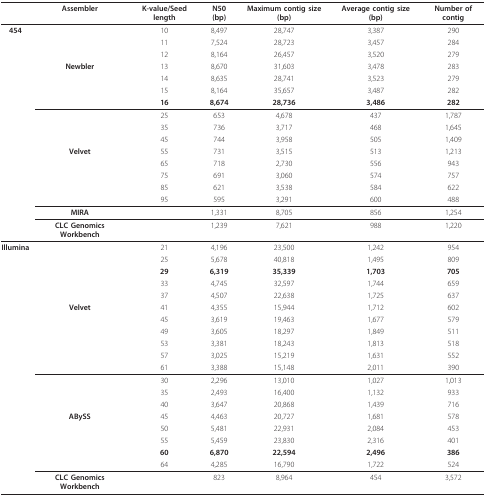
<table><thead><tr><td></td><td><b>Assembler</b></td><td><b>K-value/Seed length</b></td><td><b>N50 (bp)</b></td><td><b>Maximum contig size (bp)</b></td><td><b>Average contig size (bp)</b></td><td><b>Number of contig</b></td></tr></thead><tbody><tr><td><b>454</b></td><td></td><td>10</td><td>8,497</td><td>28,747</td><td>3,387</td><td>290</td></tr><tr><td></td><td></td><td>11</td><td>7,524</td><td>28,723</td><td>3,457</td><td>284</td></tr><tr><td></td><td></td><td>12</td><td>8,164</td><td>26,457</td><td>3,520</td><td>279</td></tr><tr><td></td><td><b>Newbler</b></td><td>13</td><td>8,670</td><td>31,603</td><td>3,478</td><td>283</td></tr><tr><td></td><td></td><td>14</td><td>8,635</td><td>28,741</td><td>3,523</td><td>279</td></tr><tr><td></td><td></td><td>15</td><td>8,164</td><td>35,657</td><td>3,487</td><td>282</td></tr><tr><td></td><td></td><td><b>16</b></td><td><b>8,674</b></td><td><b>28,736</b></td><td><b>3,486</b></td><td><b>282</b></td></tr><tr><td></td><td></td><td>25</td><td>653</td><td>4,678</td><td>437</td><td>1,787</td></tr><tr><td></td><td></td><td>35</td><td>736</td><td>3,717</td><td>468</td><td>1,645</td></tr><tr><td></td><td></td><td>45</td><td>744</td><td>3,958</td><td>505</td><td>1,409</td></tr><tr><td></td><td><b>Velvet</b></td><td>55</td><td>731</td><td>3,515</td><td>513</td><td>1,213</td></tr><tr><td></td><td></td><td>65</td><td>718</td><td>2,730</td><td>556</td><td>943</td></tr><tr><td></td><td></td><td>75</td><td>691</td><td>3,060</td><td>574</td><td>757</td></tr><tr><td></td><td></td><td>85</td><td>621</td><td>3,538</td><td>584</td><td>622</td></tr><tr><td></td><td></td><td>95</td><td>595</td><td>3,291</td><td>600</td><td>488</td></tr><tr><td></td><td><b>MIRA</b></td><td></td><td>1,331</td><td>8,705</td><td>856</td><td>1,254</td></tr><tr><td></td><td><b>CLC Genomics Workbench</b></td><td></td><td>1,239</td><td>7,621</td><td>988</td><td>1,220</td></tr><tr><td><b>Illumina</b></td><td></td><td>21</td><td>4,196</td><td>23,500</td><td>1,242</td><td>954</td></tr><tr><td></td><td></td><td>25</td><td>5,678</td><td>40,818</td><td>1,495</td><td>809</td></tr><tr><td></td><td></td><td><b>29</b></td><td><b>6,319</b></td><td><b>35,339</b></td><td><b>1,703</b></td><td><b>705</b></td></tr><tr><td></td><td></td><td>33</td><td>4,745</td><td>32,597</td><td>1,744</td><td>659</td></tr><tr><td></td><td></td><td>37</td><td>4,507</td><td>22,638</td><td>1,725</td><td>637</td></tr><tr><td></td><td><b>Velvet</b></td><td>41</td><td>4,355</td><td>15,944</td><td>1,712</td><td>602</td></tr><tr><td></td><td></td><td>45</td><td>3,619</td><td>19,463</td><td>1,677</td><td>579</td></tr><tr><td></td><td></td><td>49</td><td>3,605</td><td>18,297</td><td>1,849</td><td>511</td></tr><tr><td></td><td></td><td>53</td><td>3,381</td><td>18,243</td><td>1,813</td><td>518</td></tr><tr><td></td><td></td><td>57</td><td>3,025</td><td>15,219</td><td>1,631</td><td>552</td></tr><tr><td></td><td></td><td>61</td><td>3,388</td><td>15,148</td><td>2,011</td><td>390</td></tr><tr><td></td><td></td><td>30</td><td>2,296</td><td>13,010</td><td>1,027</td><td>1,013</td></tr><tr><td></td><td></td><td>35</td><td>2,493</td><td>16,400</td><td>1,132</td><td>933</td></tr><tr><td></td><td></td><td>40</td><td>3,647</td><td>20,868</td><td>1,439</td><td>716</td></tr><tr><td></td><td><b>ABySS</b></td><td>45</td><td>4,463</td><td>20,727</td><td>1,681</td><td>578</td></tr><tr><td></td><td></td><td>50</td><td>5,481</td><td>22,931</td><td>2,084</td><td>453</td></tr><tr><td></td><td></td><td>55</td><td>5,459</td><td>23,830</td><td>2,316</td><td>401</td></tr><tr><td></td><td></td><td><b>60</b></td><td><b>6,870</b></td><td><b>22,594</b></td><td><b>2,496</b></td><td><b>386</b></td></tr><tr><td></td><td></td><td>64</td><td>4,285</td><td>16,790</td><td>1,722</td><td>524</td></tr><tr><td></td><td><b>CLC Genomics Workbench</b></td><td></td><td>823</td><td>8,964</td><td>454</td><td>3,572</td></tr></tbody></table>